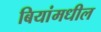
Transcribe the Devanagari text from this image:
बियांमधील